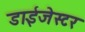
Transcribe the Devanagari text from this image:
डाईजेस्टर